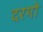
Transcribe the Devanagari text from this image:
दरगो